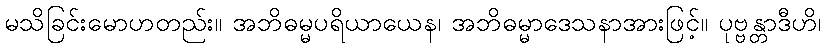
မသိခြင်းမောဟတည်း။ အဘိဓမ္မပရိယာယေန၊ အဘိဓမ္မာဒေသနာအားဖြင့်။ ပုဗ္ဗန္တာဒီဟိ၊